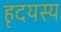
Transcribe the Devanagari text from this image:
हृदयस्य